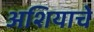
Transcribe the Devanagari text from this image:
अशियाचे